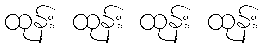
ထုန်း ထုန်း ထုန်း ထုန်း